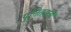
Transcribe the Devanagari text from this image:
पुनितवतीं